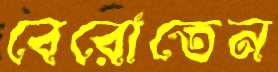
বেরোতেন